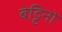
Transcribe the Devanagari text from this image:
बेट्टिनो